Annual administration report of the Civil Veterinary Department of India - 1896-1897
Year: 1896
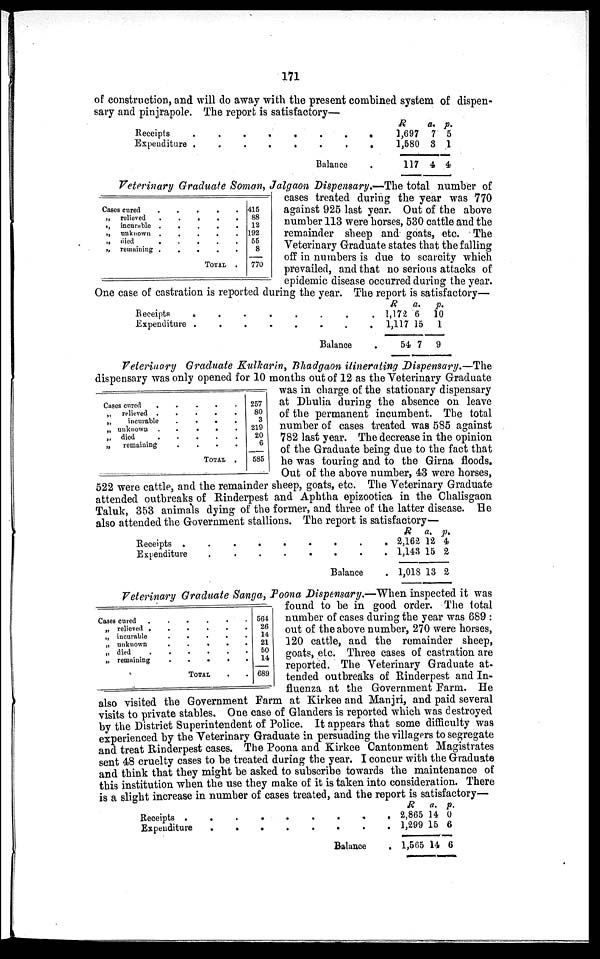
171
of construction, and will do away with the present combined system of dispen-
sary and pinjrapole. The report is satisfactory—
Receipts
.
.
.
.
.
.
.
.
Expenditure .
.
.
.
.
.
.
.
Balance .
R
1,697
1,580
117
a.
7
3
4
p.
5
1
4
Veterinary Graduate Soman, Jalgaon Dispensary.—The total number of
cases treated during the year was 770
against 925 last year. Out of the above
number 113 were horses, 530 cattle and the
remainder sheep and goats, etc. The
Veterinary Graduate states that the falling
off in numbers is due to scarcity which
prevailed, and that no serious attacks of
epidemic disease occurred during the year.
One case of castration is reported during the year. The report is satisfactory—
Cases cured . . . . .
„ relieved . . . . .
„
incurable .
.
.
.
.
„ unknown . . . . .
„ died . . . . .
„ remaining . . . . .
TOTAL .
415
88
12
192
55
8
770
Receipts . . . . . . . .
Expenditure
.
.
.
.
.
.
.
.
Balance .
R
1,172
1,117
54
a.
6
15
7
p.
10
1
9
Veterinary Graduate Kulkarin, Bhadgaon itinerating Dispensary.—The
dispensary was only opened for 10 months out of 12 as the Veterinary Graduate
was in charge of the stationary dispensary
at Dhulia during the absence on leave
of the permanent incumbent. The total
number of cases treated was 585 against
782 last year. The decrease in the opinion
of the Graduate being due to the fact that
he was touring and to the Girna floods.
Out of the above number, 43 were horses,
522 were cattle, and the remainder sheep, goats, etc. The Veterinary Graduate
attended outbreaks of Rinderpest and Aphtha epizootica in the Chalisgaon
Taluk, 353 animals dying of the former, and three of the latter disease. He
also attended the Government stallions. The report is satisfactory—
Cases cured . . . . .
„
relieved . . . . .
„
incurable . . . .
„ unknown . . . . .
„ died . . . . .
„
remaining . . . .
TOTAL .
257
80
3
219
20
6
585
Receipts . . . . . . . . . .
Expenditure
.
.
.
.
.
.
.
.
.
.
Balance
R
2,162
1,143
1,018
a.
12
15
13
p.
4
2
2
Veterinary Graduate Sanga, Poona Dispensary.—When inspected it was
found to be in good order. The total
number of cases during the year was 689:
out of the above number, 270 were horses,
120 cattle, and the remainder sheep,
goats, etc. Three cases of castration are
reported. The Veterinary Graduate at-
tended outbreaks of Rinderpest and In-
fluenza at the Government Farm. He
also visited the Government Farm at Kirkee and Manjri, and paid several
visits to private stables. One case of Glanders is reported which was destroyed
by the District Superintendent of Police. It appears that some difficulty was
experienced by the Veterinary Graduate in persuading the villagers to segregate
and treat Rinderpest cases. The Poona and Kirkee Cantonment Magistrates
sent 48 cruelty cases to be treated during the year. I concur with the Graduate
and think that they might be asked to subscribe towards the maintenance of
this institution when the use they make of it is taken into consideration. There
is a slight increase in number of cases treated, and the report is satisfactory—
Cases cured
.
.
.
.
.
.
„ relieved .
.
.
.
.
.
„ incurable
.
.
.
.
.
„ unknown . . . . . .
„ died . . . . . . .
„ remaining . . . . .
TOTAL . .
564
26
14
21
50
14
689
Receipts .
.
.
.
.
.
.
.
.
Expenditure
.
.
.
.
.
.
.
.
Balance .
R
2,865
1,299
1,565
a.
14
15
14
p.
0
6
6